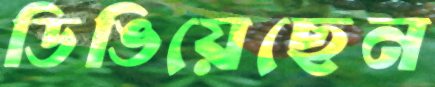
ডিঙিয়েছেন